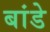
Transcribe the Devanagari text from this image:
बांडे